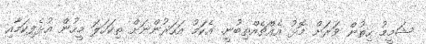
ޝަމީމު ހިތުން ވަރަށް މޮޅު އެއްޗެއްތިބުނީ. އެކަމު އަހަރުންނަށް ތިކަހަލަ މީހުން އުޅެފިކަމާއި